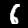
Label: 6